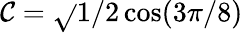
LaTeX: \mathcal{C}=\sqrt{}{{{1}/{2}}}\cos({3\pi}/{8})